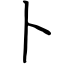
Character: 卜